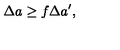
\Delta a \geq f \Delta a ^ { \prime } ,